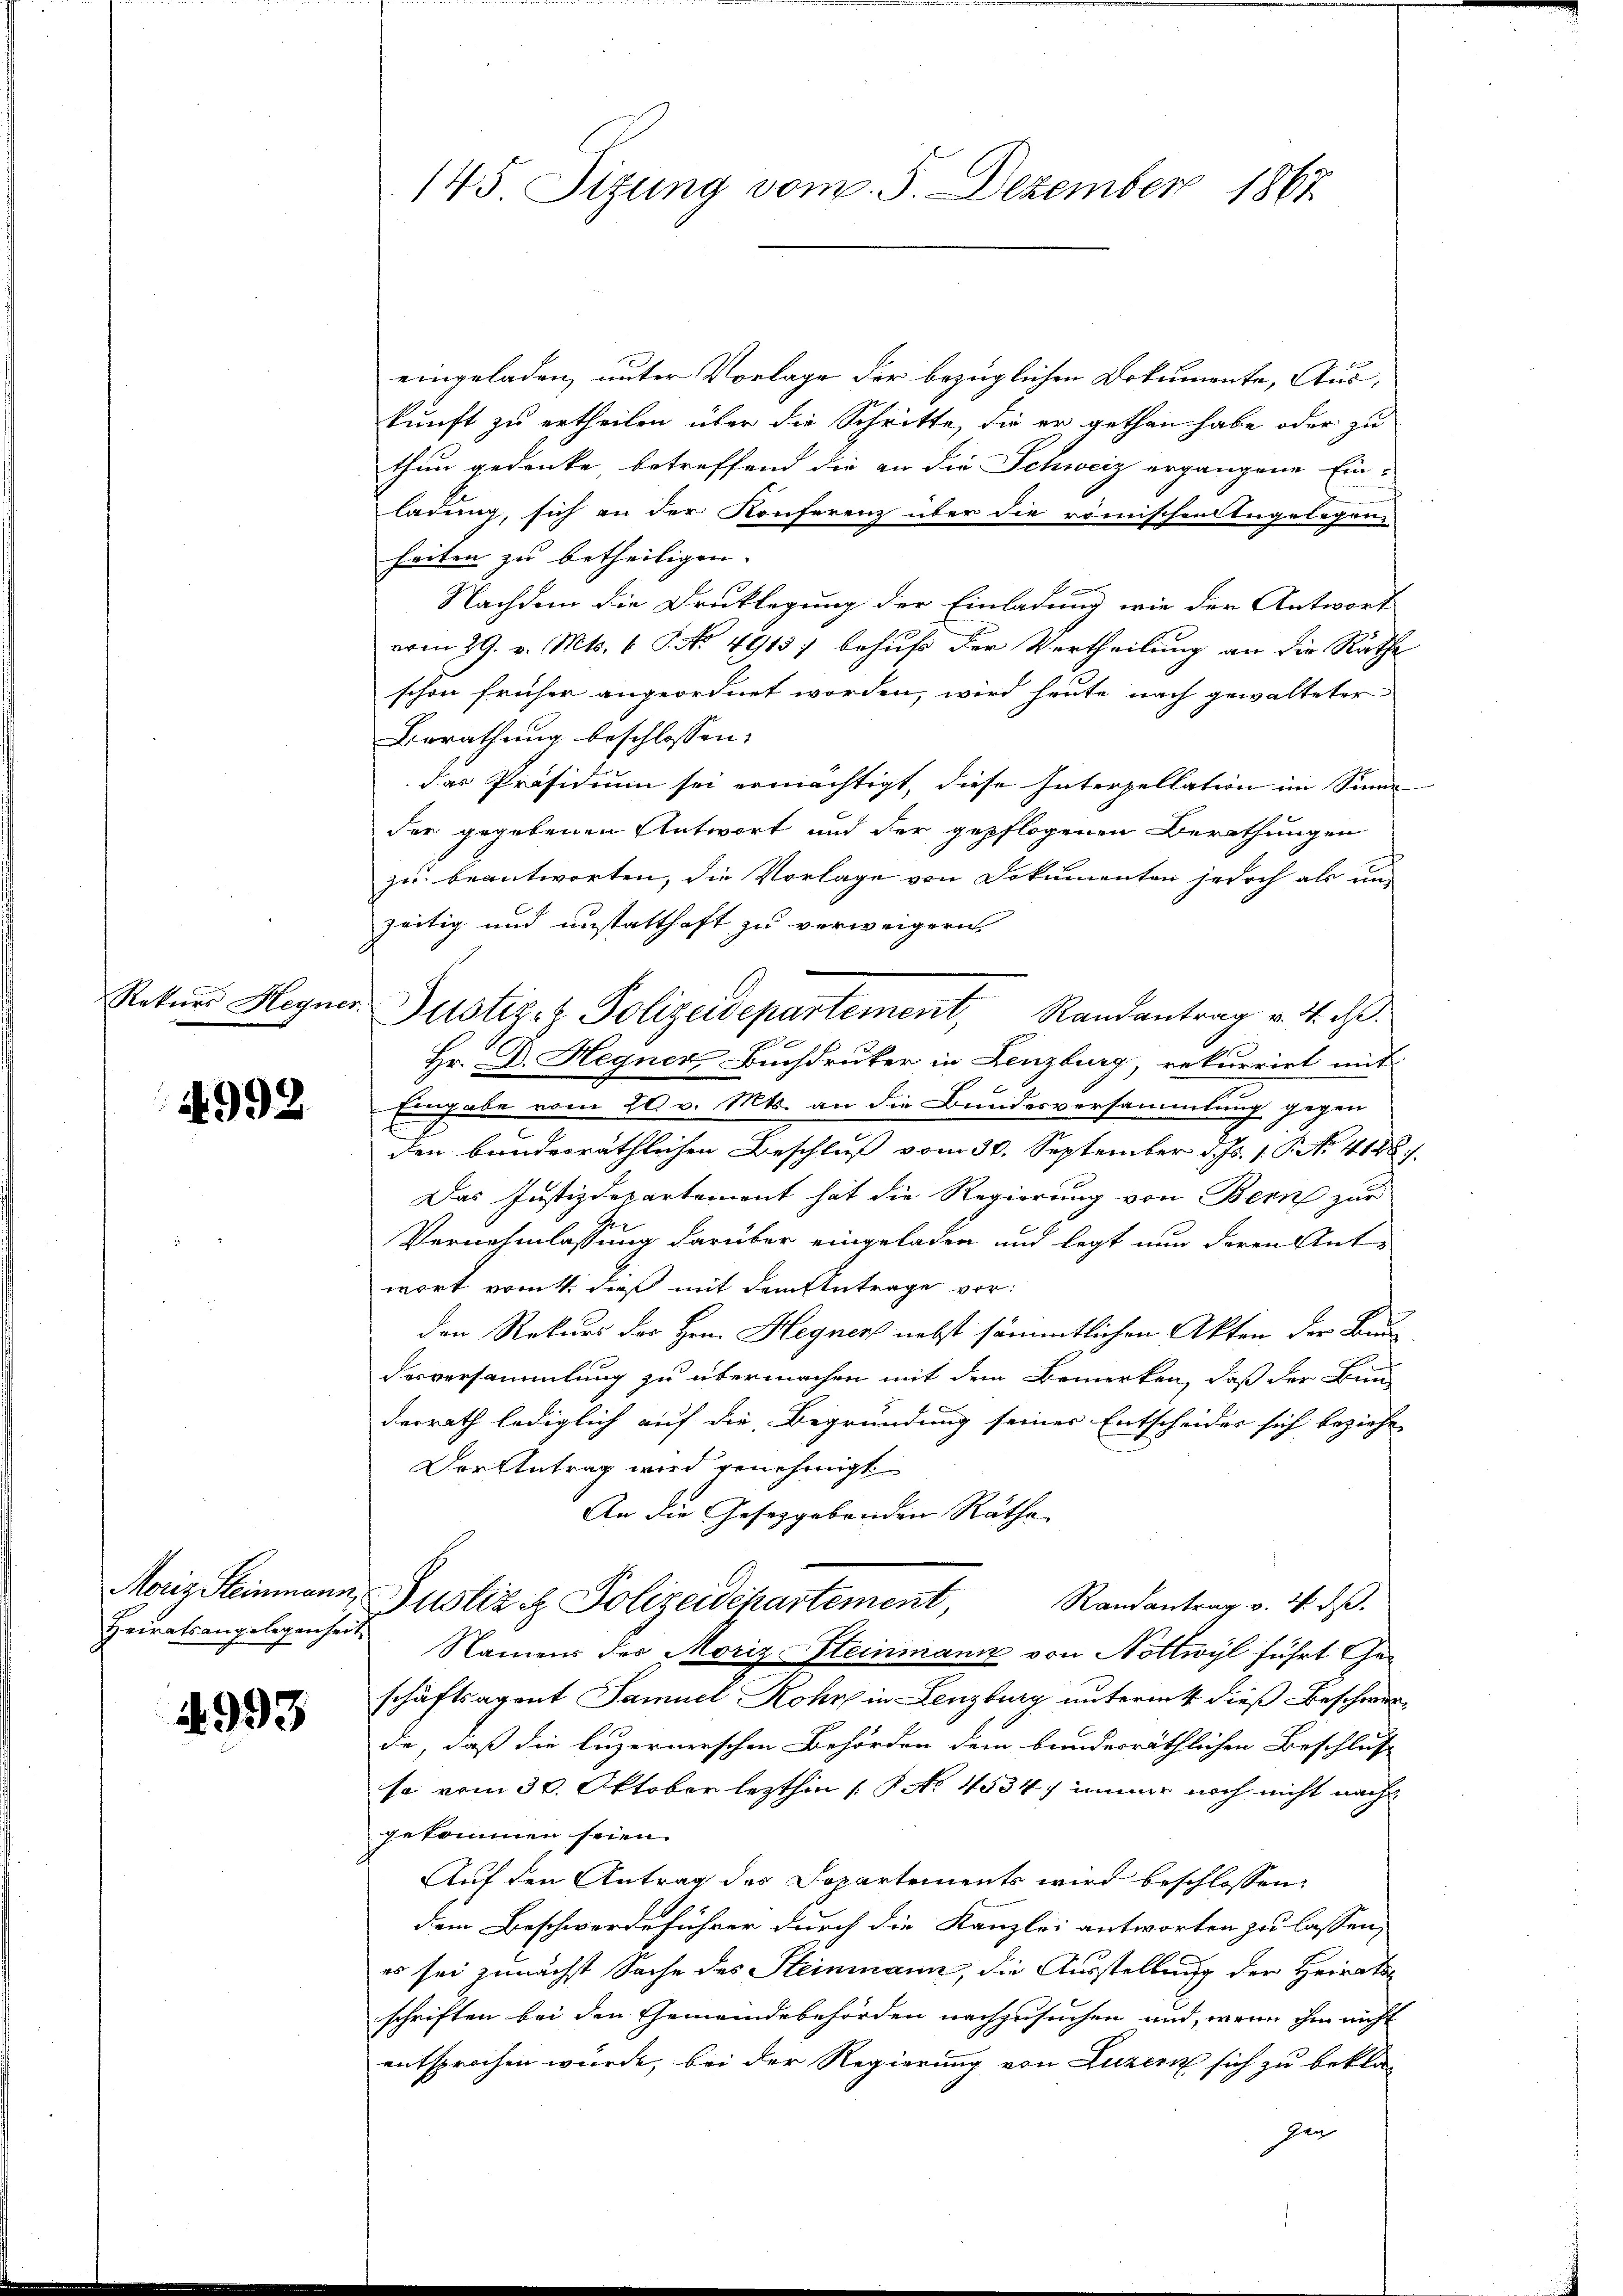
Rekurs Hegner

4992

Heiratsangelegenheit

4993

145. Sitzung vom 5. Dezember 1867

eingeladen, unter Vorlage der bezüglichen Dokumente, Auskunft zu ertheilen über die Schritte, die er gethan habe oder zu
thun gedenke, betreffend die an die Schweiz ergangene Ein-
ladung, sich an der Konferenz über die römischen Angelegen
heiten zu betheiligen.
f
Nachdem die Drucklegung der Einladung wie der Antwort
vom 29. v. Mts. 1 P. No 4913) behufs der Vertheilung an die Räthe
schon früher angeordnet worden, wird heute nach gewalteter
Berathung beschlossen: |
das Präsidium sei ermächtigt, diese Interpellation im Sinne
der gegebenen Antwort und der gepflogenen Berathungen
zu beantworten, die Vorlage von Dokumenten jedoch als un-
zeitig und unstatthaft zu verweigern
Justiz- & Polizeidepartement, Randantrag v. 4. d
Hr. D. Hegner Buchdruker in Lenzburg, rekurriet mit
Eingabe vom 20. v. Mts. an die Bundesversammlung gegen
den bunderräthlichen Beschluß vom 30. September d. Js. 1. No. 4122.
Das Justizdepartement hat die Regierung von Bern zur
Vernahmlassung darüber eingeladen und legt nun deren Ant-
wort vom 4. dieß mit dem Antrage vor:
den Rekurs der Hrn. Hegner nebst sämmtlichen Akten der Bundesversammlung zu übermachen mit dem Bemerken, daß der Bun
desrath lediglich auf die Begründung seiner Entscheides sich beziehe
Der Antrag wird genehmigt
An die Gesetzgebenden Räthe
Moriz Steinmann, Justiz & Polizeidepartement, Randantrag v. 4. dβ.
Namens der Moriz-Steinmann von Nöttwyl führt Geschäftsagent Samuel Rohr in Lenzburg untermit dieß Beschwerde, daß die Luzernerschen Behörden dem bundesräthlichen Beschluss
sa vom 30. Oktober lezthin 1. P. Nr. 4534. immer noch nicht nach
gekommen seien.
Auf den Antrag des Dopartements wird beschlossen,
dem Beschwerdeführer durch die Kanzlei antworten zu lassen,
es sei zunächst Sache des Steinmann, die Ausstellung der Heirats
schriften bei den Gemeindebehörden nachzusuchen und, wenn ihm nicht
entsprochen würde, bei der Regierung von Luzern sich zu bekla-
gen